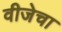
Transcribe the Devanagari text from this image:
वीजेचा